Senior Leaving Certificate Examination (including Day School Certificate (Higher) General paper), 1946
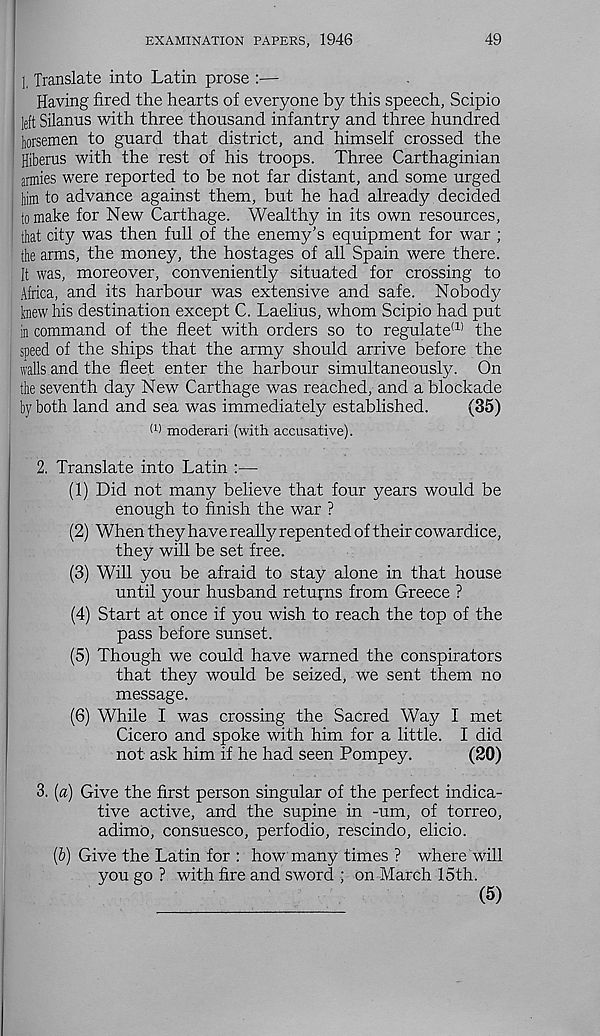
EXAMINATION PAPERS, 1946
49
l Translate into Latin prose :—
Having fired the hearts of everyone by this speech, Scipio
left Silanus with three thousand infantry and three hundred
horsemen to guard that district, and himself crossed the
Hiberus with the rest of his troops. Three Carthaginian
armies were reported to be not far distant, and some urged
him to advance against them, but he had already decided
to make for New Carthage. Wealthy in its own resources,
that city was then full of the enemy’s equipment for war ;
the arms, the money, the hostages of all Spain were there.
It was, moreover, conveniently situated for crossing to
Africa, and its harbour was extensive and safe. Nobody
knew his destination except C. Laelius, whom Scipio had put
in command of the fleet with orders so to regulate (1> the
speed of the ships that the army should arrive before the
walls and the fleet enter the harbour simultaneously. On
the seventh day New Carthage was reached, and a blockade
by both land and sea was immediately established.
(35)
I 1 ) moderari (with accusative).
2. Translate into Latin :—
(1) Did not many believe that four years would be
enough to finish the war ?
(2) When they have really repented of their cowardice,
they will be set free.
(3) Will you be afraid to stay alone in that house
until your husband returns from Greece ?
(4) Start at once if you wish to reach the top of the
pass before sunset.
(5) Though we could have warned the conspirators
that they would be seized, we sent them no
message.
(6) While I was crossing the Sacred Way I met
Cicero and spoke with him for a little. I did
not ask him if he had seen Pompey.
(20)
3. (a) Give the first person singular of the perfect indica-
tive active, and the supine in -um, of torreo,
adimo, consuesco, perfodio, rescindo, elicio.
(b) Give the Latin for : how many times ? where will
you go ? with fire and sword ; on March 15th.
(5)